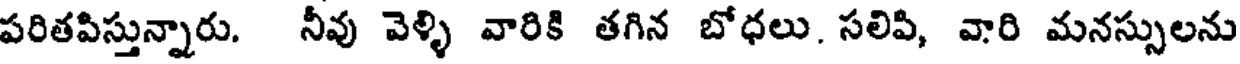
పరితపిస్తున్నారు. నీవు వెళ్ళి వారికి తగిన బోధలు. సలిపి, వారి మనస్సులను